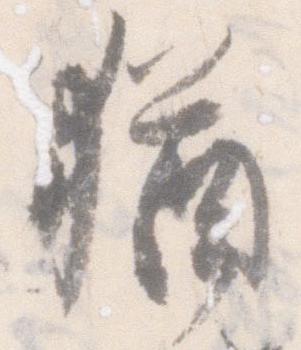
猶